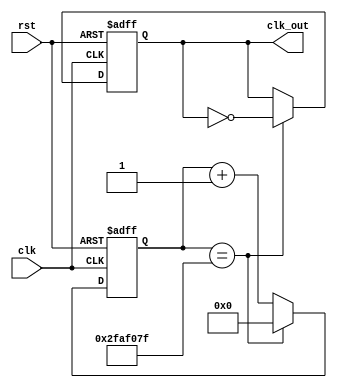
module clockDivider #(parameter n = 50000000) (clk, rst, clk_out);
    input clk, rst;
    output reg clk_out;
    reg[31:0] cnt;
    always @(posedge clk, posedge rst) begin
        if (rst) begin
            cnt <= 0;
            clk_out <= 0;
        end 
        else begin
            if (cnt == n - 1) begin
                clk_out <= ~clk_out;
                cnt <= 0;
            end
            else cnt <= cnt + 1;
        end
    end
endmodule